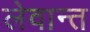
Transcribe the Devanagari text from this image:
लेवान्त